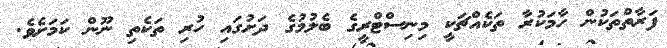
ފަރާތްތަކުން ހާމަކުރާ ތަކެއްޗަކީ މިނިސްޓްރީގެ ބެލުމުގެ ދަށުގައި ހުރި ތަކެތި ނޫން ކަމަށެވެ.